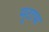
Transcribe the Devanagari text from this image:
मुटापा